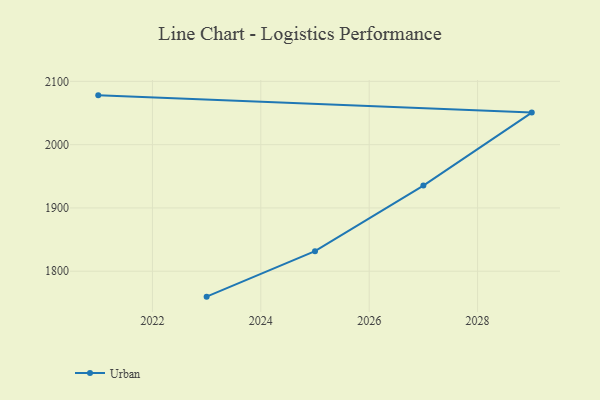
{"axis": {"x": "Year", "y": "Active Users"}, "legend": ["Urban"], "data": [{"x": "2021", "y": 2077.9, "type": "Urban"}, {"x": "2029", "y": 2050.7, "type": "Urban"}, {"x": "2027", "y": 1935.3, "type": "Urban"}, {"x": "2025", "y": 1831.7, "type": "Urban"}, {"x": "2023", "y": 1759.8, "type": "Urban"}]}